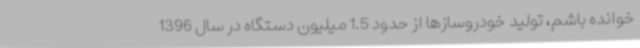
خوانده باشم، تولید خودروسازها از حدود 1.5 میلیون دستگاه در سال 1396